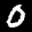
Label: 0